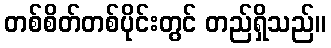
တစ်စိတ်တစ်ပိုင်းတွင် တည်ရှိသည်။